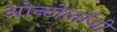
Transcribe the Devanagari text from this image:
ओन्टोलॉजी